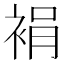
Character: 裐